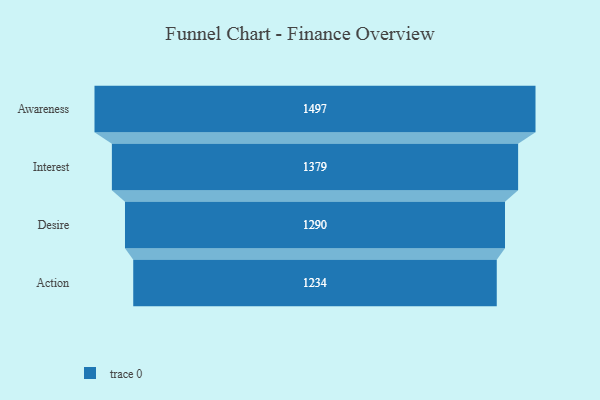
{"axis": {"x": "Stage", "y": "Value"}, "legend": [""], "data": [{"x": "Awareness", "y": 1497.0, "type": ""}, {"x": "Interest", "y": 1379.0, "type": ""}, {"x": "Desire", "y": 1290.0, "type": ""}, {"x": "Action", "y": 1234.0, "type": ""}]}